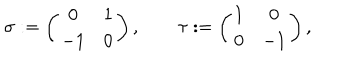
\sigma : = \left( \begin{array} { c c } { { 0 } } & { { 1 } } \\ { { - 1 } } & { { 0 } } \\ \end{array} \right) , \qquad \tau : = \left( \begin{array} { c c } { { 1 } } & { { 0 } } \\ { { 0 } } & { { - 1 } } \\ \end{array} \right) ,